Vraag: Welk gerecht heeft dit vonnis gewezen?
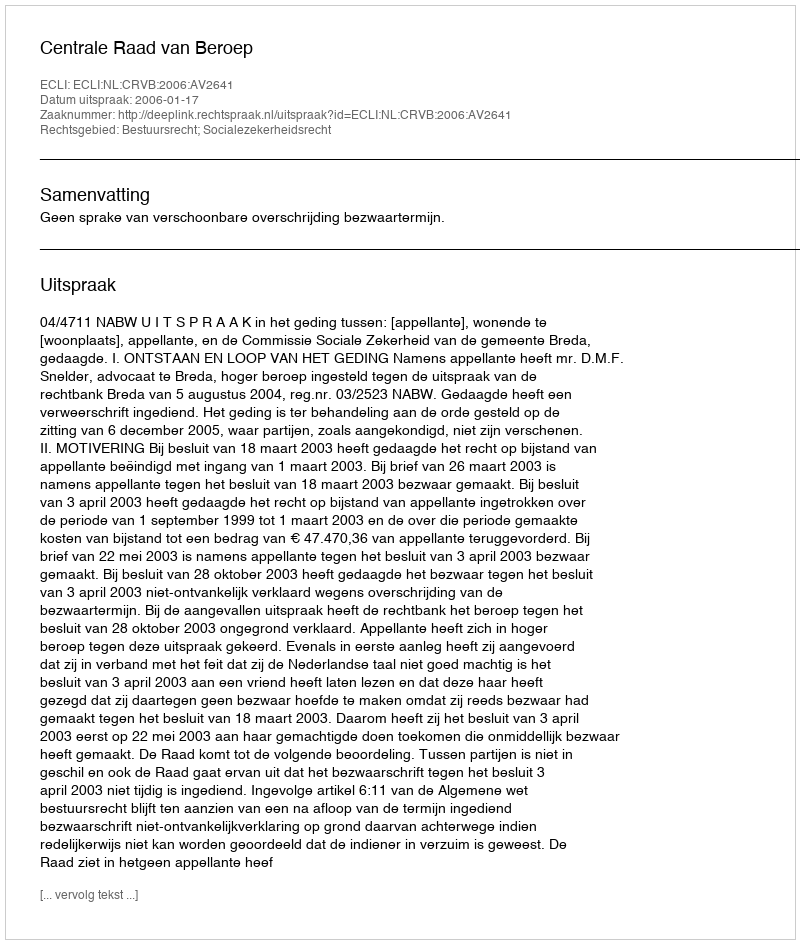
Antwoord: Centrale Raad van Beroep